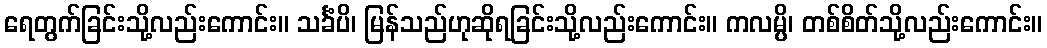
ရေတွက်ခြင်းသို့လည်းကောင်း။ သင်္ခံပိ၊ မြန်သည်ဟုဆိုရခြင်းသို့လည်းကောင်း။ ကလမ္ပိ၊ တစ်စိတ်သို့လည်းကောင်း။